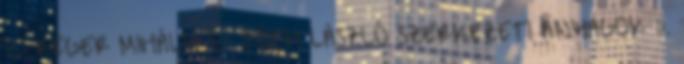
– RÉGER MIHÁLY – TÓTH LÁSZLÓ SZERKEZETI ANYAGOK II.